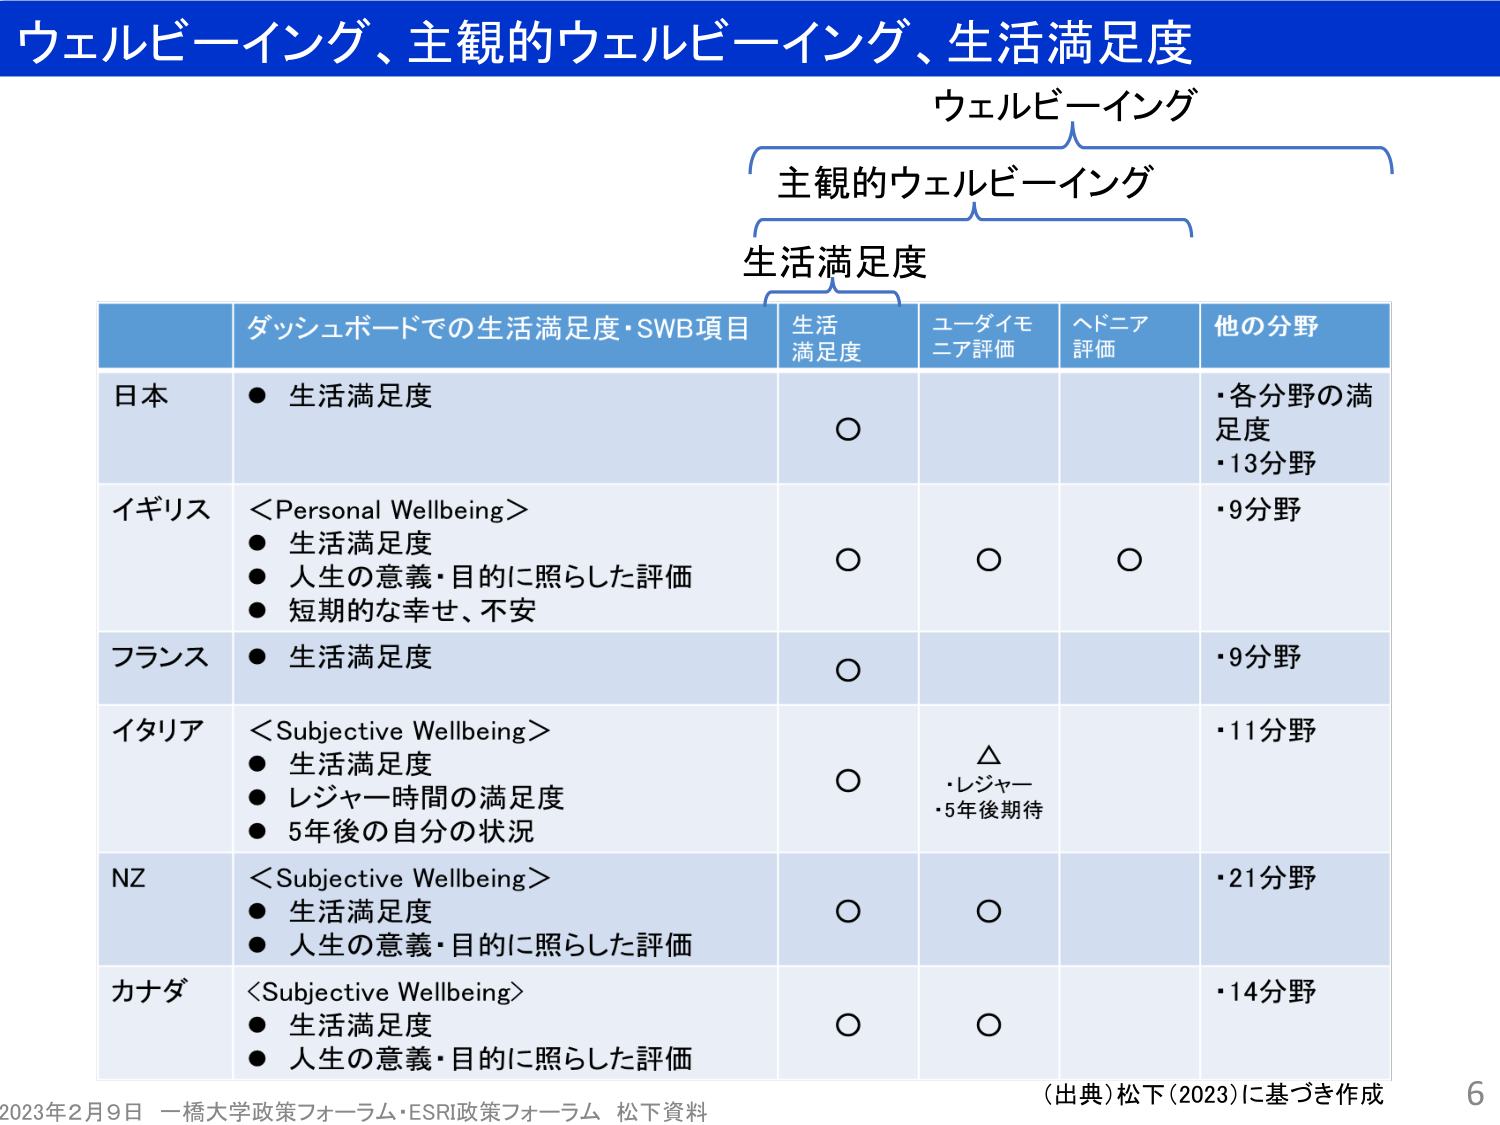
ウェルビーイング、主観的ウェルビーイング、生活満足度

ウェルビーイング
　主観的ウェルビーイング
　　生活満足度

ダッシュボードでの生活満足度・SWB項目　生活満足度　ユーダイモニア評価　ヘドニア評価　他の分野

日本
● 生活満足度